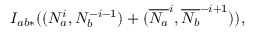
I _ { a b * } ( ( N _ { a } ^ { i } , N _ { b } ^ { - i - 1 } ) + ( \overline { { { N _ { a } } } } ^ { i } , \overline { { { N _ { b } } } } ^ { - i + 1 } ) ) ,